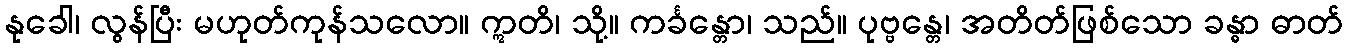
နုခေါ၊ လွန်ပြီး မဟုတ်ကုန်သလော။ ဣတိ၊ သို့။ ကင်္ခန္တော၊ သည်။ ပုဗ္ဗန္တေ၊ အတိတ်ဖြစ်သော ခန္ဓာ ဓာတ်